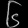
Digit: ၆